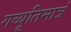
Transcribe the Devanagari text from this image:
गव्यूतिमात्रं